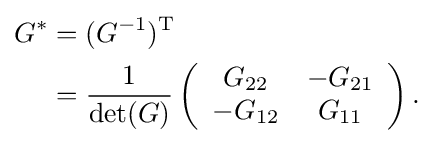
{\begin{aligned}G^{*}&=(G^{-1})^{\text{T}}\\&={\frac {1}{\det(G)}}\left({\begin{array}{cc}G_{22}&-G_{21}\\-G_{12}&G_{11}\end{array}}\right).\end{aligned}}